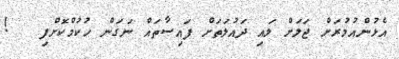
އެޅުންއުމުރަށް ޖަލަށް ލައި ދައުލަތަށް ފައިސާތައް ނަގަން ހުކުމްކޮށްފި   !